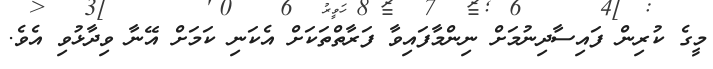
މީގެ ކުރިން ފައިސާދިނުމަށް ނިންމާފައިވާ ފަރާތްތަކަށް އެކަނި ކަމަށް އޭނާ ވިދާޅުވި އެވެ.